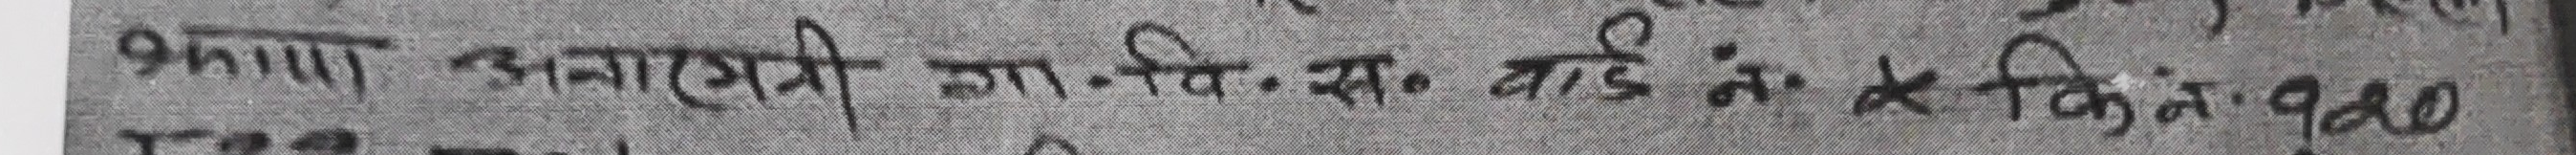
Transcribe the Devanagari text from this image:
प्रमाप अनागरगी जा.वि.स. वार्ड नं. के कि. नं. १५०